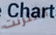
الأنترنت